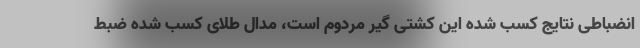
انضباطی نتایج کسب شده این کشتی گیر مردوم است، مدال طلای کسب شده ضبط